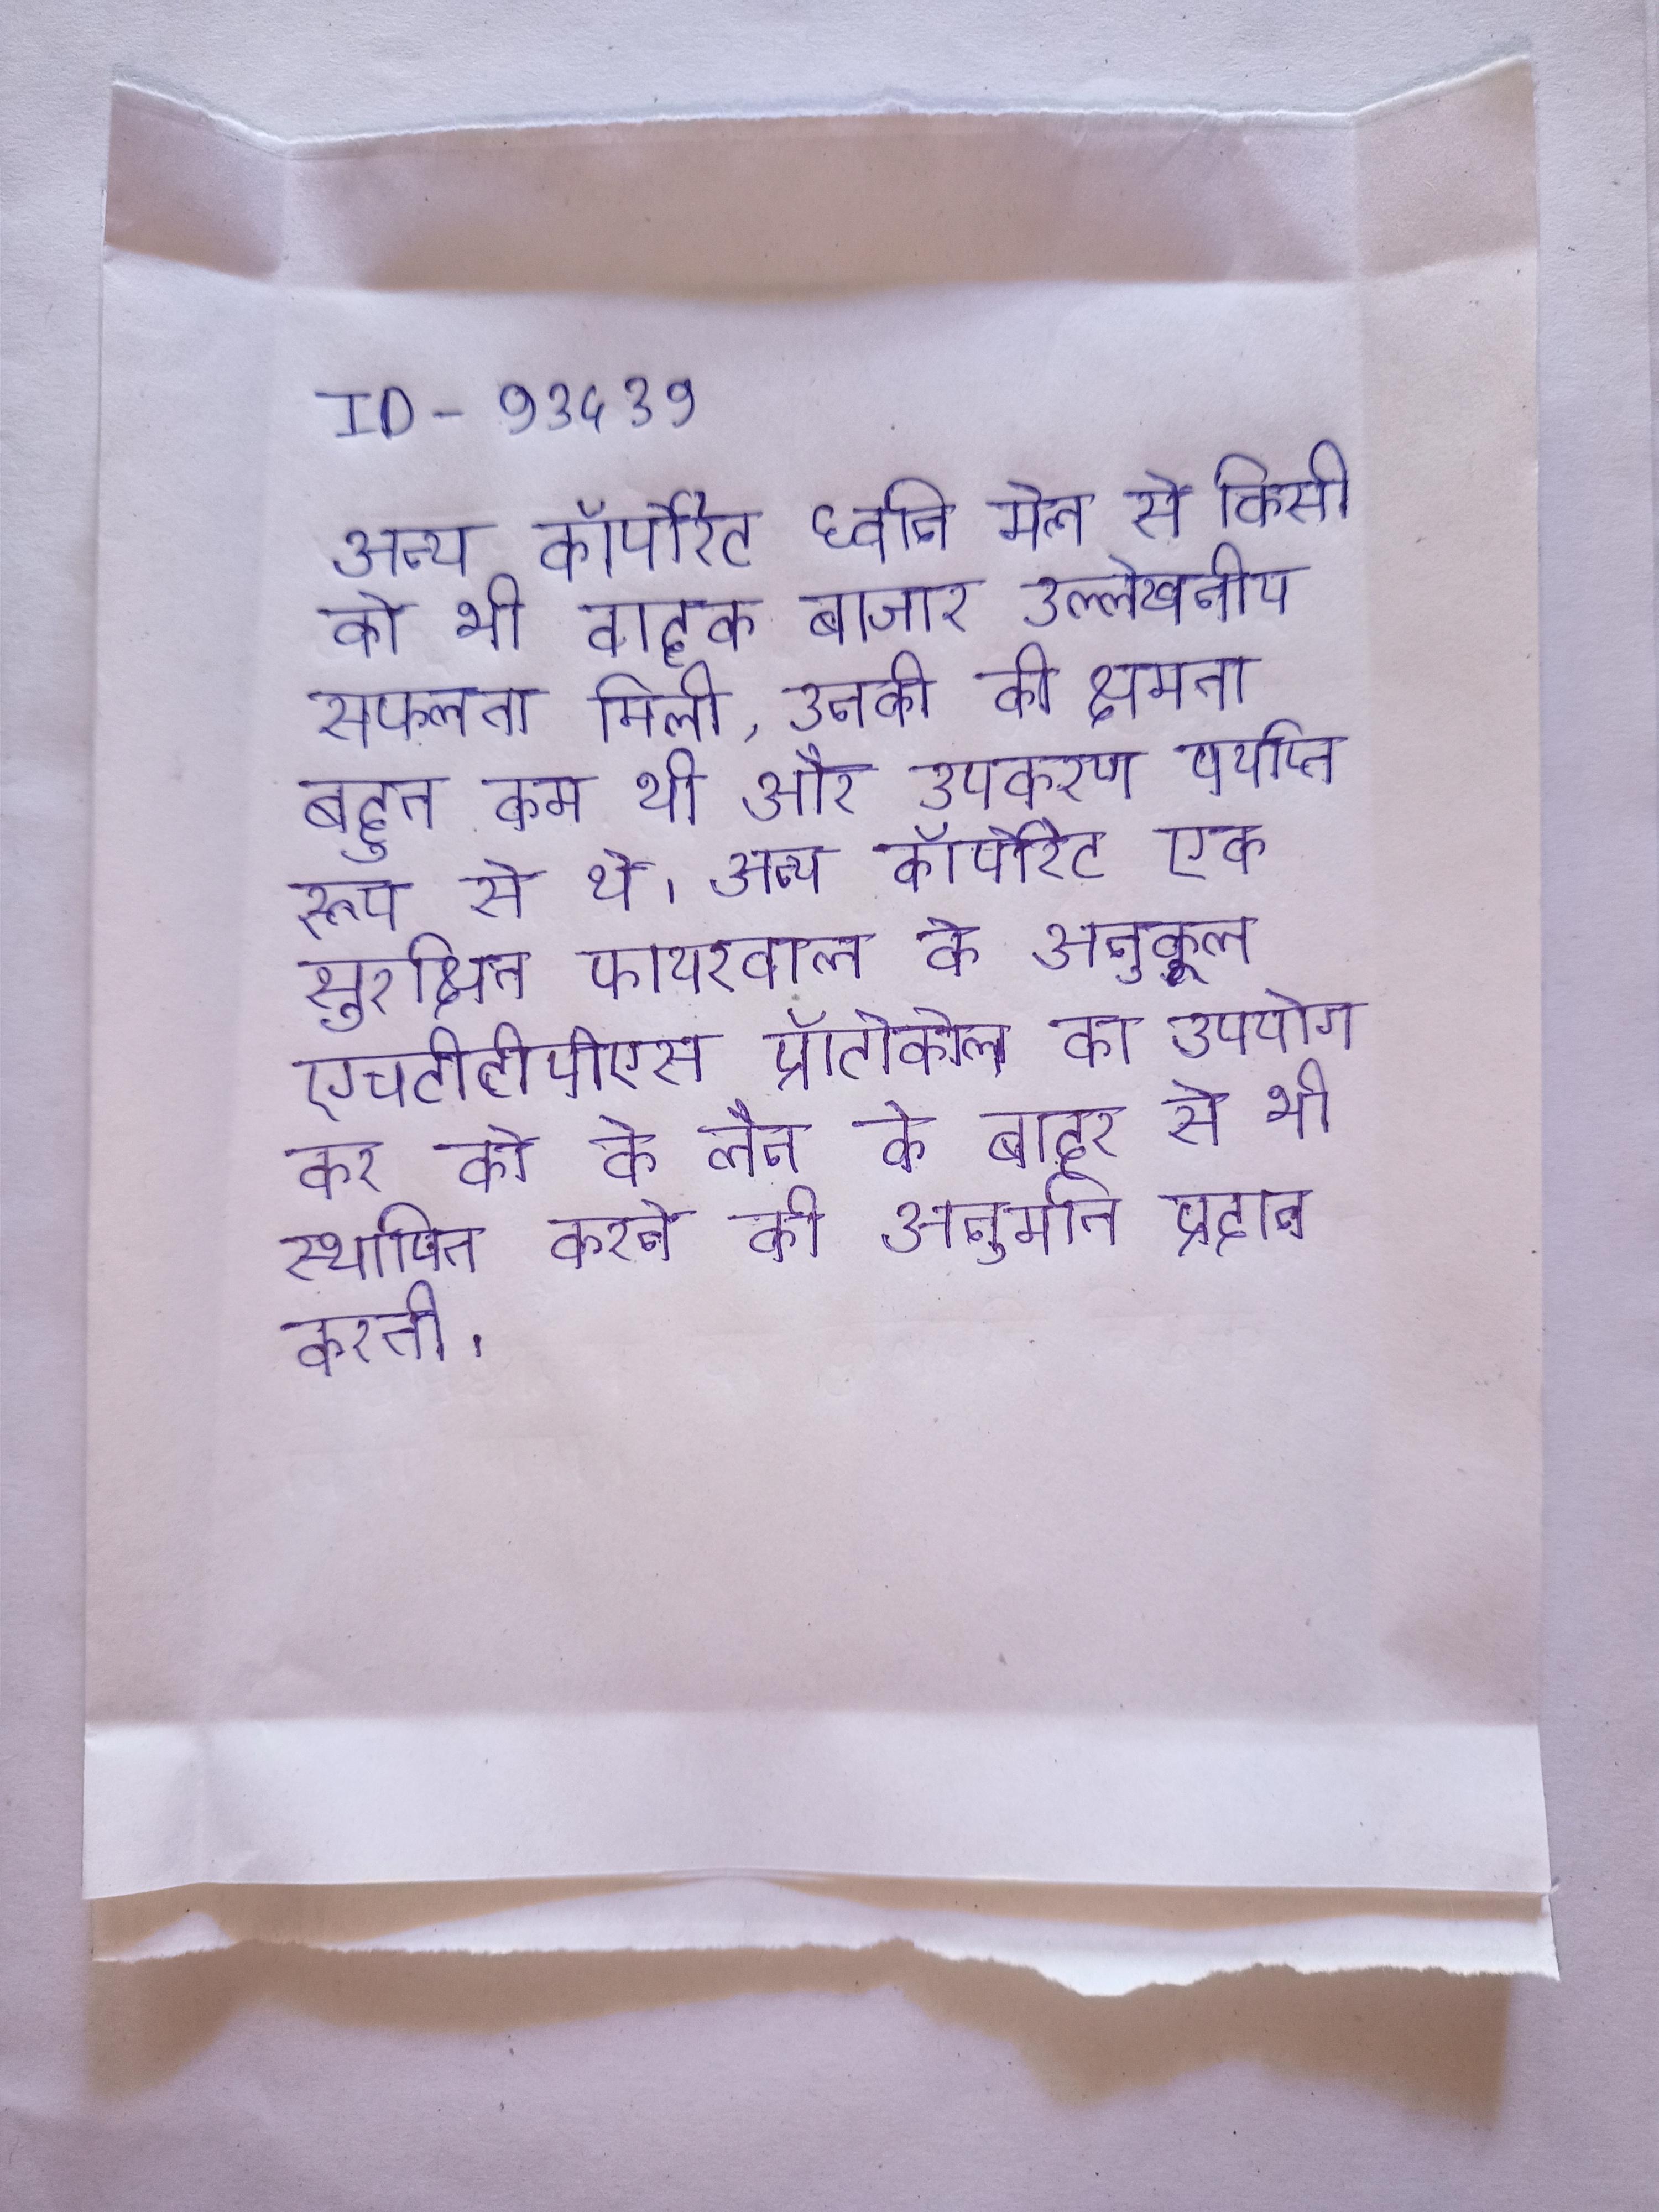
अन्य कॉर्पोरेट ध्वनि मेल से किसी को भी वाहक बाजार उल्लेखनीय सफलता मिली, उनकी की क्षमता बहुत कम थी और उपकरण पर्याप्त रूप से थे । अन्य कॉर्पोरेट एक सुरक्षित फायरवाल के अनुकूल एचटीटीपीएस प्रॉटोकोल का उपयोग कर को के लैन के बाहर से भी स्थापित करने की अनुमति प्रदान करती ।